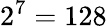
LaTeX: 2^{7}=128